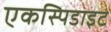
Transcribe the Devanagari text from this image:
एकस्पिडाइट